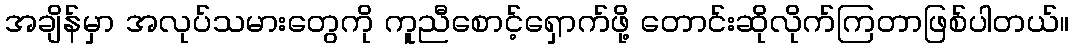
အချိန်မှာ အလုပ်သမားတွေကို ကူညီစောင့်ရှောက်ဖို့ တောင်းဆိုလိုက်ကြတာဖြစ်ပါတယ်။